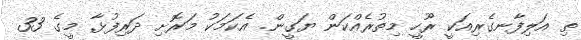
ތި އަލިފާނގެރިއަކީ ރޫހީ މިތުރެއްކަން ޔަގީން. އެކަމަކު މަރޮށި ދަރިފުޅާ